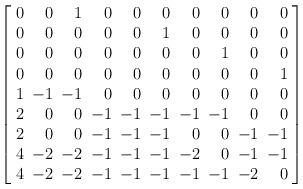
LaTeX: \begin{align*} \left[ \arraycolsep=3pt \begin{array}{rrrrrrrrrr} 0&0&1&0&0&0&0&0&0&0\\ 0&0&0&0&0&1&0&0&0&0\\ 0&0&0&0&0&0&0&1&0&0\\ 0&0&0&0&0&0&0&0&0&1\\ 1&-1&-1&0&0&0&0&0&0&0\\ 2&0&0&-1&-1&-1&-1&-1&0&0\\ 2&0&0&-1&-1&-1&0&0&-1&-1\\ 4&-2&-2&-1&-1&-1&-2&0&-1&-1\\ 4&-2&-2&-1&-1&-1&-1&-1&-2&0 \end{array} \right]\end{align*}